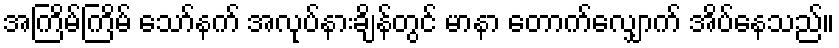
အကြိမ်ကြိမ် သော်နက် အလုပ်နားချိန်တွင် မာနာ တောက်လျှောက် အိပ်နေသည်။